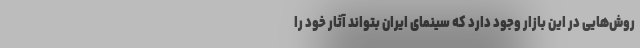
روش‌هایی در این بازار وجود دارد که سینمای ایران بتواند آثار خود را